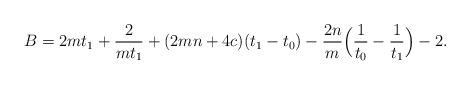
LaTeX: \begin{align*}B=2mt_1+{2\over mt_1}+(2mn+4c)(t_1-t_0)-{2n\over m}\Bigl({1\over t_0}-{1\over t_1}\Bigr)-2.\end{align*}